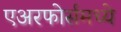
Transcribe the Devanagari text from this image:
एअरफोर्समध्ये